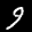
Label: 9